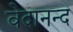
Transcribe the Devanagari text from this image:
वेदानन्द